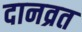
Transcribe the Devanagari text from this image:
दानव्रत